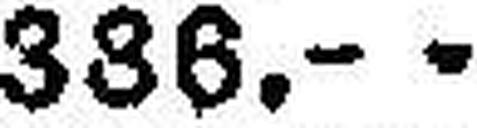
386.—